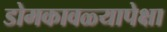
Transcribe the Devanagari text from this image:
डोमकावळ्यापेक्षा